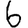
Digit: 6